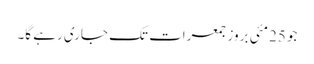
جو 25مئی بروز جمعرات تک جاری رہے گا۔